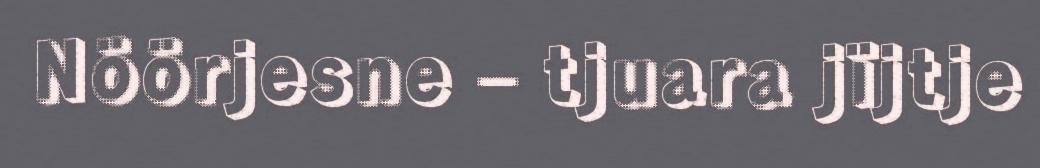
Nöörjesne – tjuara jïjtje